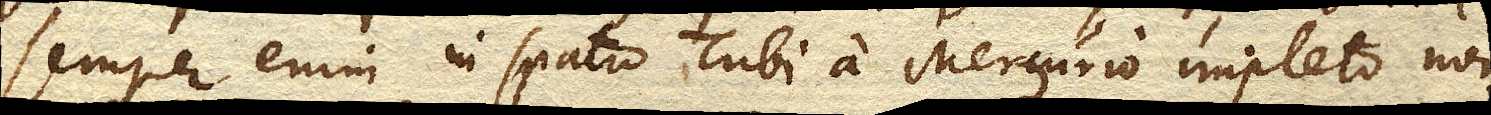
Semper enim in spatio Tubi a Mercurio impleto non